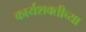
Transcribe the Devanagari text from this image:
कार्यशक्तीच्या